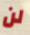
لن